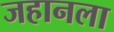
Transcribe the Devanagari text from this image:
जहानला